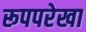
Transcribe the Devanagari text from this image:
रूपपरेखा